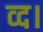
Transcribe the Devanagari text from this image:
व्द।